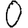
Digit: 0